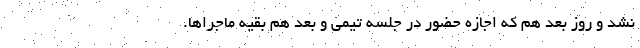
نشد و روز بعد هم که اجازه حضور در جلسه تیمی و بعد هم بقیه ماجراها.